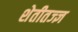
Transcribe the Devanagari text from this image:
शेतीतज्‍ज्ञ